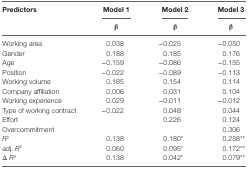
| Predictors | Model 1 | Model 2 | Model 3 |
 |  | β | β | β |
 | --- | --- | --- | --- |
 | Working area | 0.038 | −0.025 | −0.050 |
 | Gender | 0.188 | 0.185 | 0.176 |
 | Age | −0.159 | −0.086 | −0.155 |
 | Position | −0.022 | −0.089 | −0.113 |
 | Working volume | 0.185 | 0.154 | 0.114 |
 | Company affiliation | 0.006 | 0.031 | 0.104 |
 | Working experience | 0.029 | −0.011 | −0.012 |
 | Type of working contract | −0.022 | 0.048 | 0.044 |
 | Effort |  | 0.226 | 0.124 |
 | Overcommitment |  |  | 0.306 |
 | R2 | 0.138 | 0.180* | 0.258** |
 | adj. R2 | 0.060 | 0.095* | 0.172** |
 | Δ R2 | 0.138 | 0.042* | 0.079** |